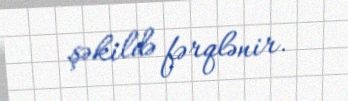
şəkildə fərqlənir.